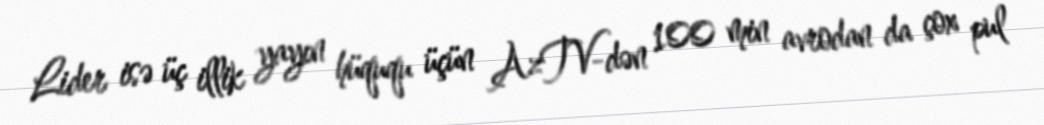
Lider isə üç illik yayın hüququ üçün AzTV-dən 100 min avrodan da çox pul